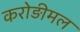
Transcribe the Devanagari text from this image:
करोड़ीमल